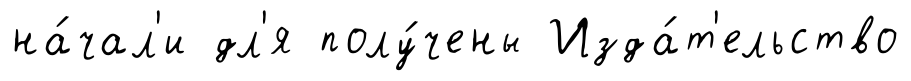
на́чал'и дл'я полу́чены Изда́т'ельство